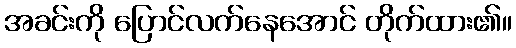
အခင်းကို ပြောင်လက်နေအောင် တိုက်ထား၏။